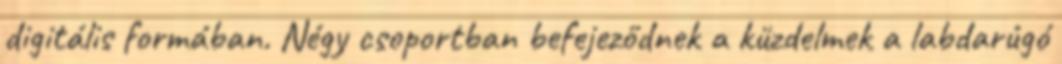
digitális formában. Négy csoportban befejeződnek a küzdelmek a labdarúgó